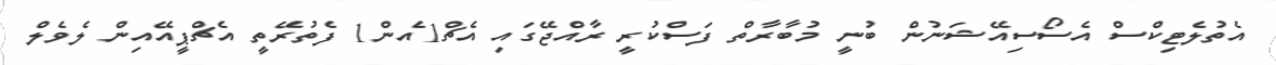
އެތުލެޓިކްސް އެސޯސިއޭޝަނުން ބުނީ މުބާރާތް ފަސްކުރީ ރާއްޖޭގައި އެޗް1އެން1 ފެތުރޭތީ އެޗްޕީއޭއިން ލެވެލް